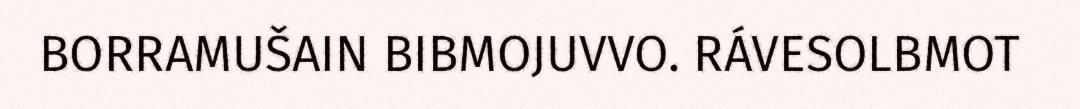
BORRAMUŠAIN BIBMOJUVVO. RÁVESOLBMOT